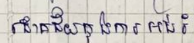
ជោគជ័យក្នុងការអប់រំ